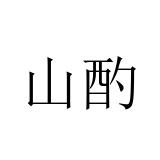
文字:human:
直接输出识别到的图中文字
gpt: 山酌